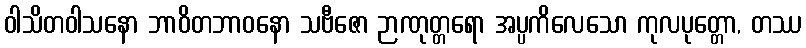
ဝါသိတဝါသနော ဘာဝိတဘာဝနော သဗီဇော ဉာဏုတ္တရော အပ္ပကိလေသော ကုလပုတ္တော, တဿ